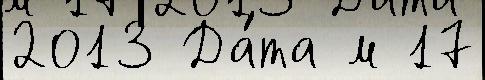
2013 Да́та м 17